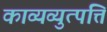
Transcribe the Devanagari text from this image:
काव्यव्युत्पत्ति